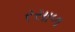
રસાળ